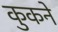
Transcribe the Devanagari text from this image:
कुकने